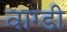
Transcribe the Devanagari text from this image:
वाग्डी